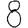
Digit: 8